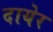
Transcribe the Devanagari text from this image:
दायेर